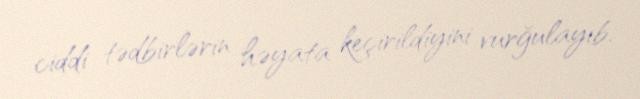
ciddi tədbirlərin həyata keçirildiyini vurğulayıb.